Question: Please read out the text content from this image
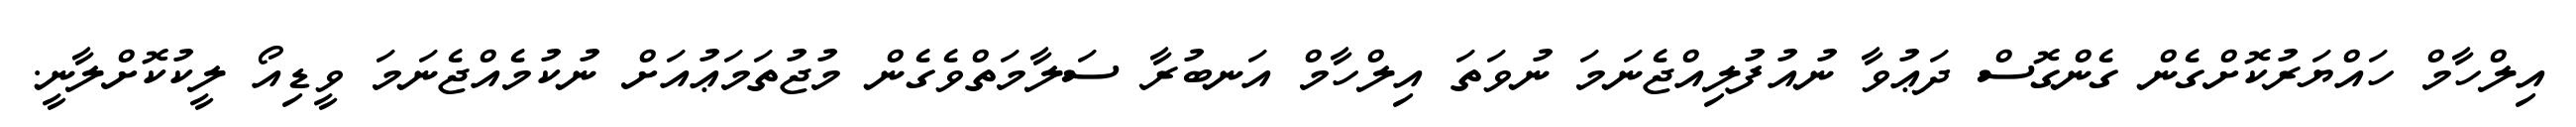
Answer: އިލްހާމް ހައްޔަރުކޮށްގެން ގެންގޮސް ދަޢުވާ ނުއުފުލިއްޖެނަމަ ނުވަތަ އިލްހާމް އަނބުރާ ސަލާމަތްވެގެން މުޖުތަމަޢުއަށް ނުކުމެއްޖެނަމަ ވީޑިއޯ ލީކުކޮށްލާނީ.